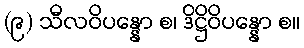
(၉) သီလဝိပန္နော စ၊ ဒိဋ္ဌိဝိပန္နော စ။